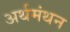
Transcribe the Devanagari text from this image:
अर्थमंथन